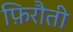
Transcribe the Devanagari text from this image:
फ़िरौती